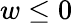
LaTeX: w\leq 0